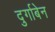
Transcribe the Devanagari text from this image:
दुर्गाबेन